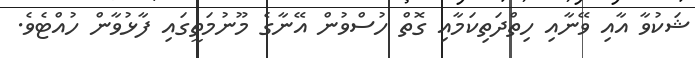
ޝަކުވާ އާއި ވޭނާއި ހިތްދަތިކަމާއި ގޮތް ހުސްވުން އޭނާގެ މޫނުމަތީގައި ފާޅުވާން ހުއްޓެވެ.